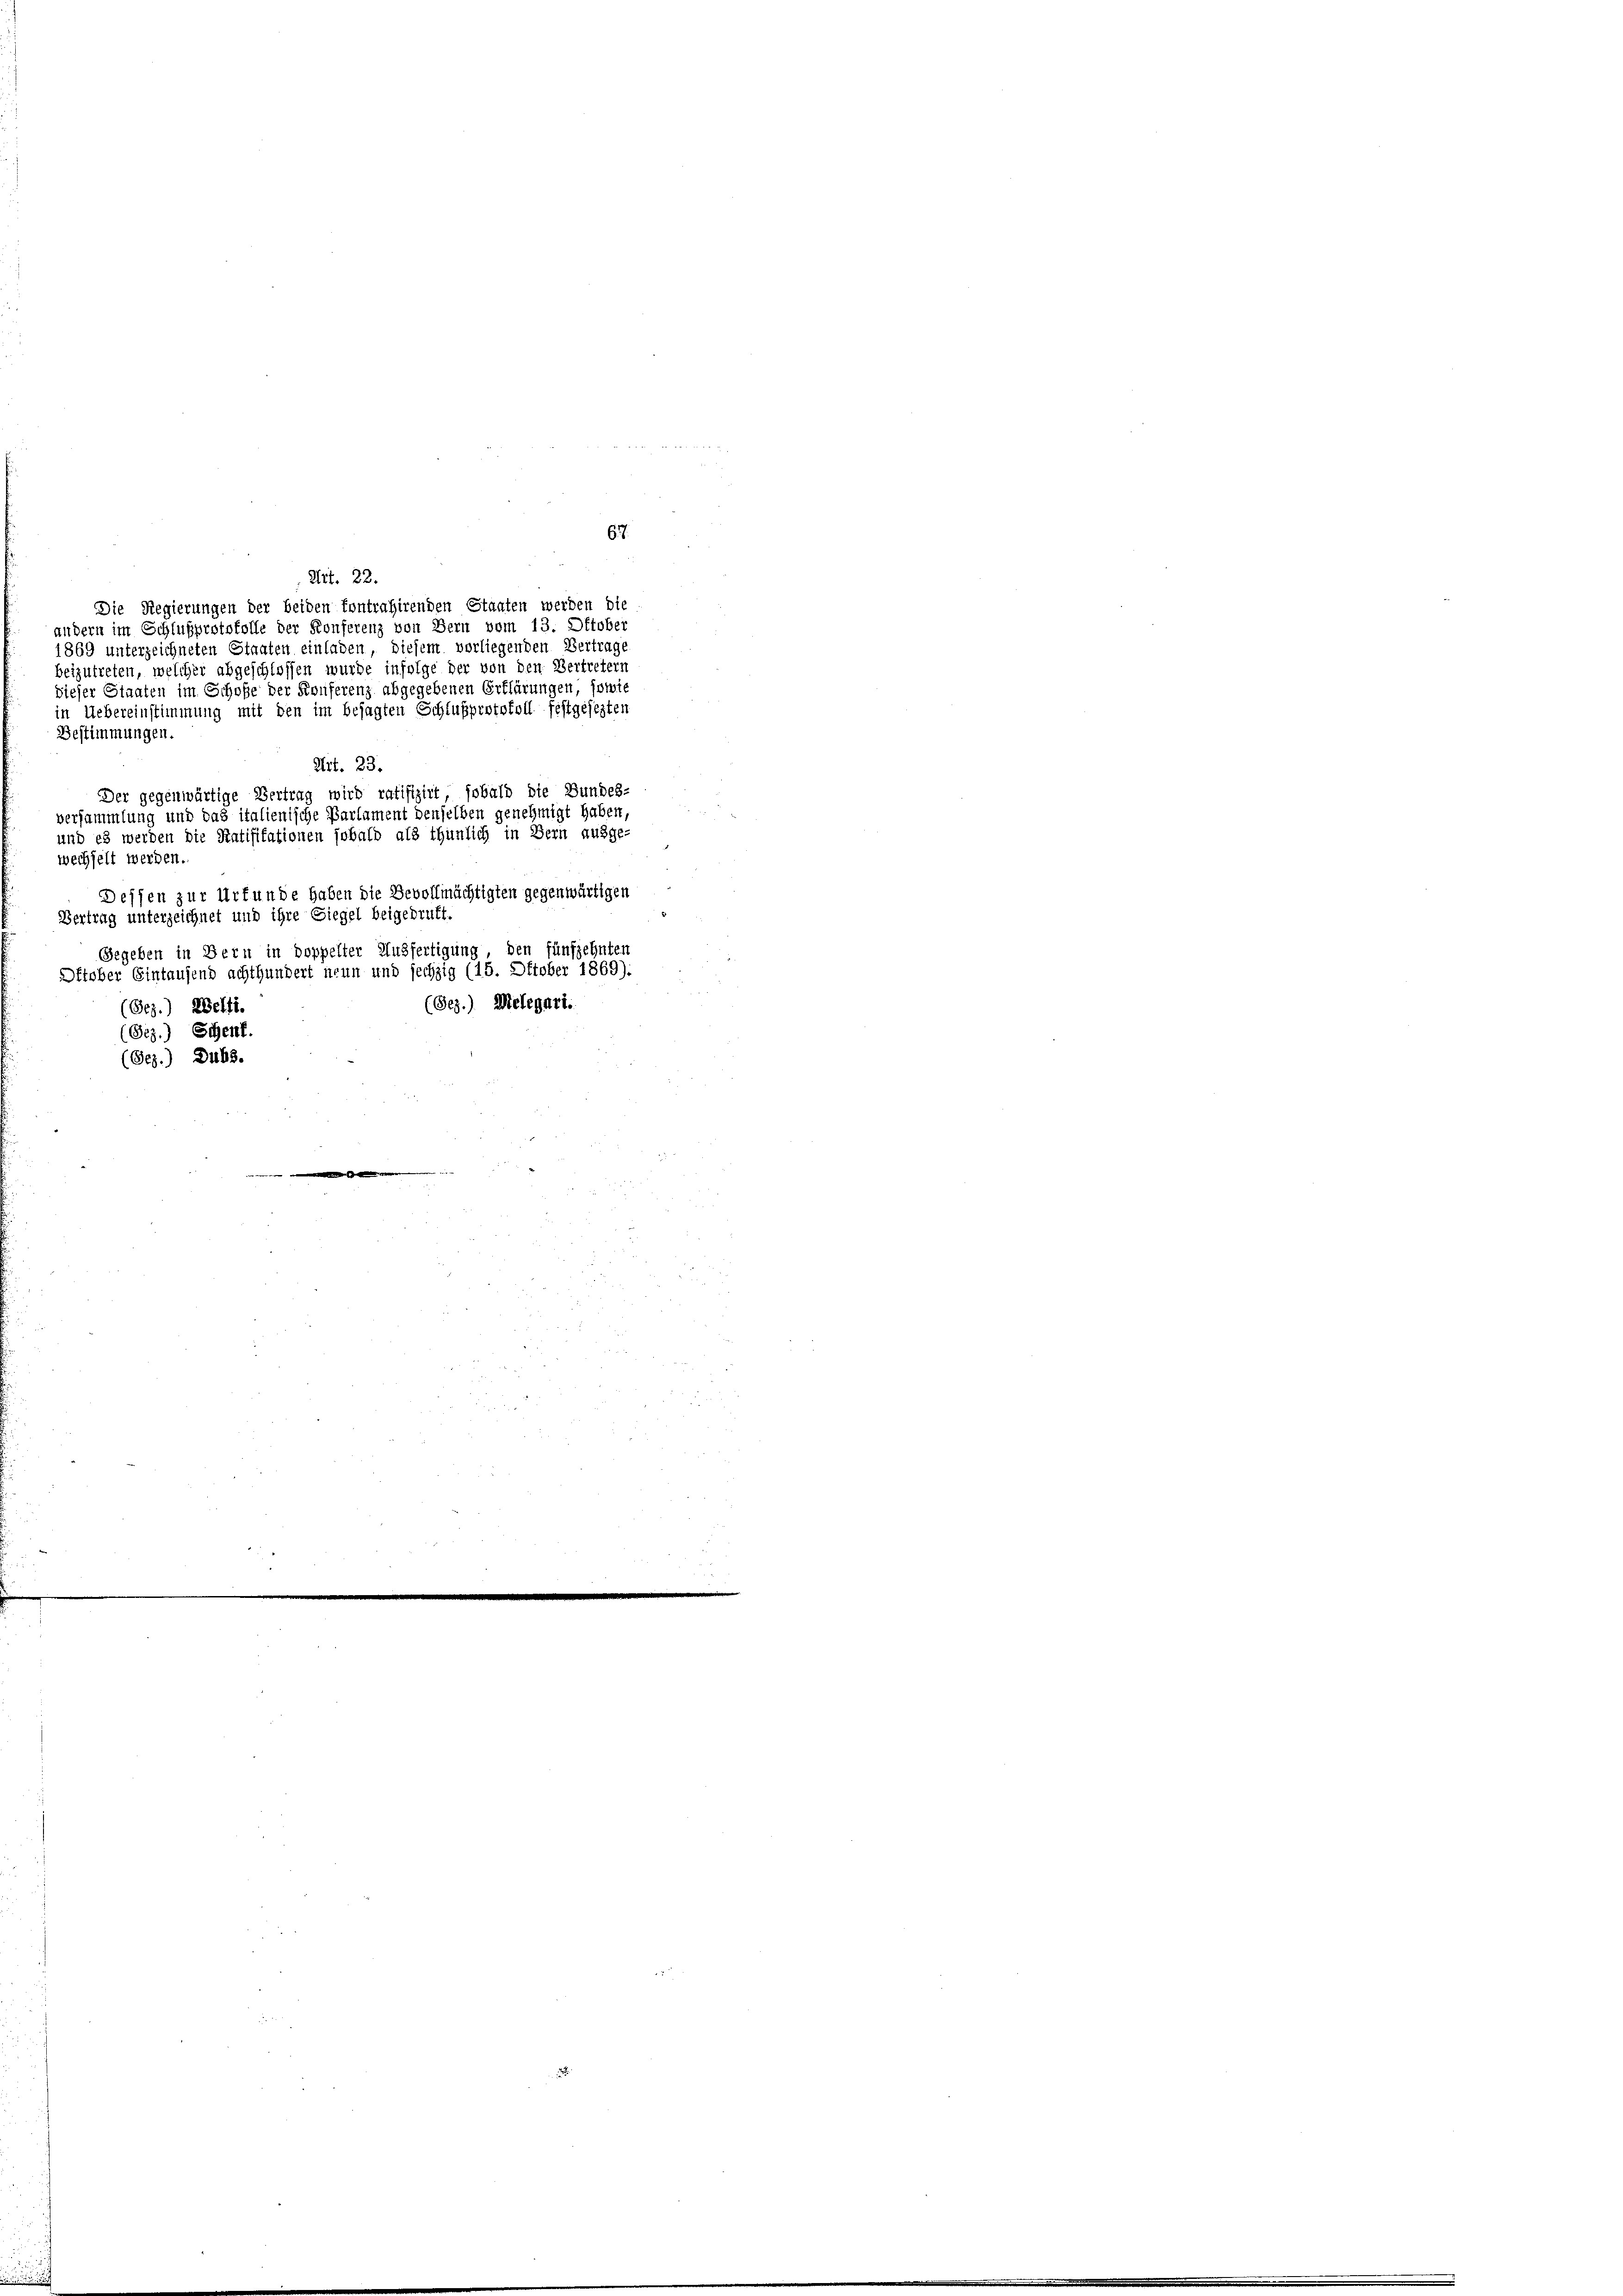
67.
Mit. 22.
Die Regierungen der beiden fontrahirenden Staaten werden die
andern im Schlußprotokolle der Konferenz von Bern vom 13. Oktober
1869 unterzeichneten Staaten einladen, diesem vorliegenden Vertrage
beizutreten, welcher abgeschlossen wurde infolge der von den Vertretern
dieser Staaten im Schoße der Konferenz abgegebenen Erklärungen, sowie
in Uebereinstimmung mit den im besagten Schlußprotokoll festgesezten
Bestimmungen
Art. 23.
Der gegenwärtige Vertrag wird ratifizirt, sobald die Bundes-
versammlung und das italienische Parlament denselben genehmigt haben,
und es werden die Ratifikationen sobald als thunlich in Bern ausge-
wechselt werden.
Dessen zur Urfunde haben die Bevollmächtigten gegenwärtigen
Vertrag unterzeichnet und ihre Siegel beigedruft.
Gegeben in Bern in doppelter Ausfertigung, den fünfzehnten
Oktober Eintausend achthundert neun und sechzig (15. Oktober 1869):
(Bez.) Melegart.
(Bez.) Welti.
(Bez.) Schen.
(Ges.) Dubs.